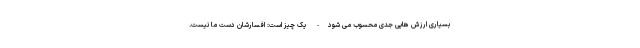
بسیاری ارزش هایی جدی محسوب می شود- یک چیز است: افسارشان دست ما نیست.